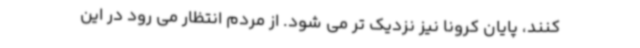
کنند، پایان کرونا نیز نزدیک تر می شود. از مردم انتظار می رود در این